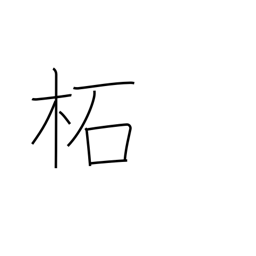
Meaning: wild mulberry